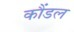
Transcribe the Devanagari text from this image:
कौंडल